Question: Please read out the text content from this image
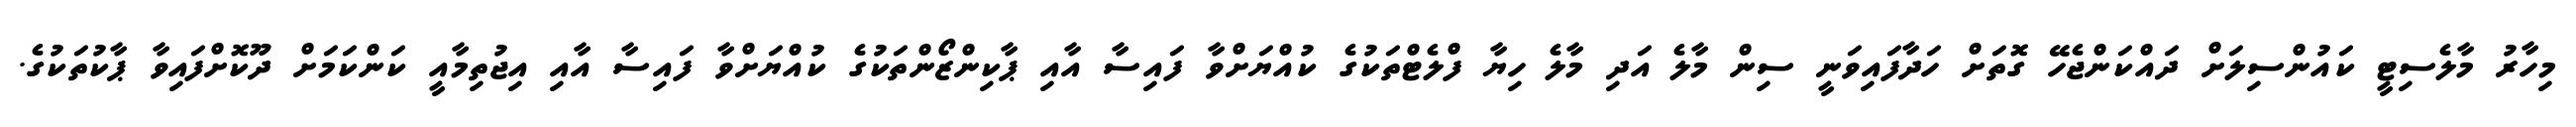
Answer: މިހާރު މާލެސިޓީ ކައުންސިލަށް ދައްކަންޖެހޭ ގޮތަށް ހަދާފައިވަނީ ސިން މާލެ އަދި މާލެ ހިޔާ ފްލެޓްތަކުގެ ކުއްޔަށްވާ ފައިސާ އާއި ޕާކިންޒޯންތަކުގެ ކުއްޔަށްވާ ފައިސާ އާއި އިޖުތިމާއީ ކަންކަމަށް ދޫކޮށްފައިވާ ޕާކުތަކުގެ.